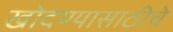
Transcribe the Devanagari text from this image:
खोदण्यासाठीचे